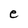
Character: e